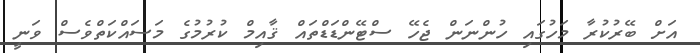
އަށް ބޭރުކުރާ މަހުގައި ހުންނަން ޖެހޭ ސްޓޭންޑަޑްތައް ޤާއިމް ކުރުމުގެ މަސައްކަތްވެސް ވަނީ